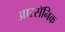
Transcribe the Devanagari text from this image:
आरसॅनिक